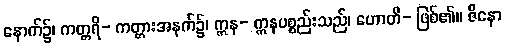
နောက်၌၊ ကတ္တရိ- ကတ္တားအနက်၌၊ ဣန- ဣနပစ္စည်းသည်၊ ဟောတိ- ဖြစ်၏။ ဇိနော